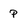
Character: P